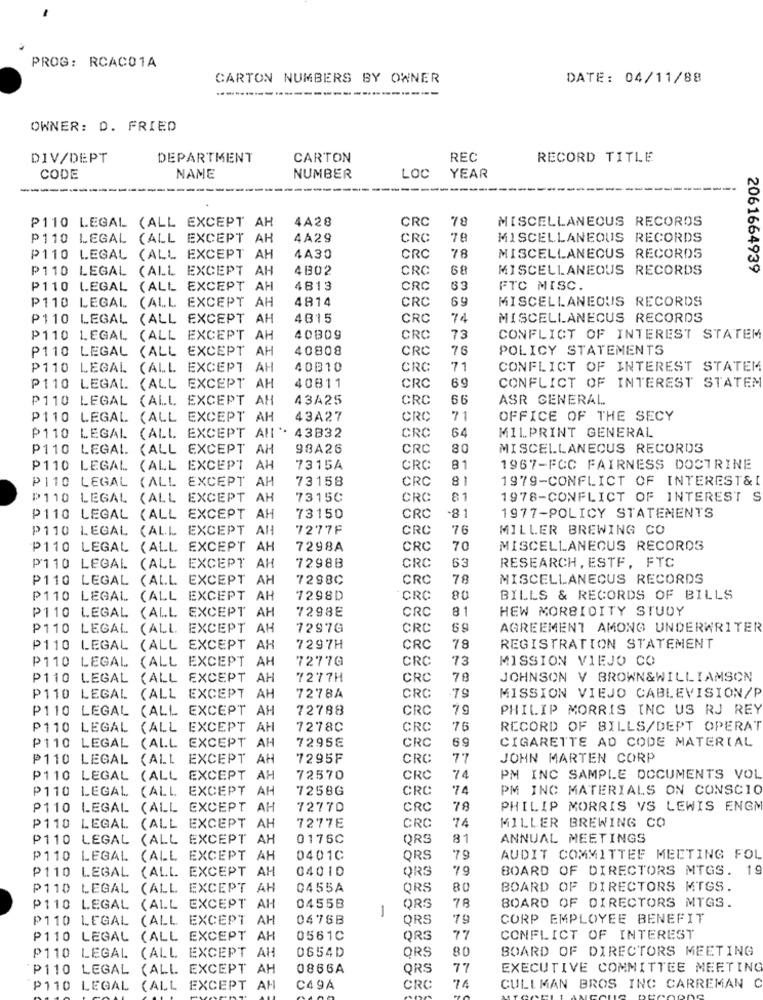
PROG: RCAC01A
CARTON NUMBERS BY OWNER
DATE: 04/11/88
--------
OWNER: D. FRIED
DIV/DEPT
DEPARTMENT
CARTON
REC
RECORD TITLE
CODE
NAME
NUMBER
LOC
YEAR
4A28
CRC
MISCELLANEOUS RECORDS
P110 LEGAL (ALL EXCEPT AH
78
P110 LEGAL (ALL EXCEPT AH
4A29
CRC
78
MISCELLANEOUS RECORDS
P110 LEGAL (ALL EXCEPT AH
4A30
CRC
78
MISCELLANEOUS RECORDS
P110 LEGAL (ALL EXCEPT AH
4 B02
CRC
68
MISCELLANEOUS RECORDS
2061664939
P110 LEGAL (ALL EXCEPT AH
4813
CRC
63
FTC MISC.
P110 LEGAL (ALL EXCEPT AH
4814
CRC
69
MISCELLANEOUS RECORDS
P110 LEGAL (ALL EXCEPT AH
4315
CRC
74
MISCELLANEOUS RECORDS
P110 LEGAL (ALL EXCEPT AH
40809
CRC
73
CONFLICT OF INTEREST STATEM
P110 LEGAL (ALL EXCEPT AH
40808
CRC
76
POLICY STATEMENTS
P110 LEGAL (ALL EXCEPT AH
40810
CRC
71
CONFLICT OF INTEREST STATEM
69
CONFLICT OF INTEREST STATEN
P110 LEGAL (ALL EXCEPT AH
40811
CRC
P110 LEGAL (ALL EXCEPT AH
43A25
CRC
66
ASR GENERAL
P110 LEGAL (ALL EXCEPT AH
43A27
CRC
71
OFFICE OF THE SECY
64
P110 LEGAL (ALL EXCEPT All'. 43832
CRC
MILPRINT GENERAL
P110 LEGAL (ALL EXCEPT AH
98A26
CRC
80
MISCELLANEOUS RECORDS
P110 LEGAL (ALL EXCEPT AH
7315A
CRC
81
1967-FCC FAIRNESS DOCTRINE
P110 LEGAL (ALL EXCEPT AH
73158
CRC
8
1979-CONFLICT OF INTEREST&[
P110 LEGAL (ALL EXCEPT AH
7315C
CRC
81
1978-CONFLICT OF INTEREST S
P110 LEGAL (ALL EXCEPT AH
73150
CRC
81
1977-POLICY STATEMENTS
P110 LEGAL (ALL EXCEPT AH
7277F
CRC
76
MILLER BREWING CO
P110 LEGAL (ALL EXCEPT AH
7298A
CRC
70
MISCELLANEOUS RECORDS
72988
CRC
63
RESEARCH, ESTF, FTC
P110 LEGAL (ALL EXCEPT AH
P110 LEGAL (ALL EXCEPT AH
7298C
CRC
78
MISCELLANEOUS RECORDS
P110 LEGAL
(ALL EXCEPT AH
7298D
CRC
80
BILLS & RECORDS OF BILLS
P110 LEGAL (ALL EXCEPT AH
7298E
HEW MORBIDITY STUDY
CRC
P110 LEGAL (ALL EXCEPT AH
7297G
CRC
AGREEMENT AMONG UNDERWRITER
P110 LEGAL (ALL EXCEPT AH
7297H
CRC
78
REGISTRATION STATEMENT
P110 LEGAL (ALL EXCEPT AH
72770
CRC
73
MISSION VIEJO CO
P110 LEGAL
(ALL EXCEPT AH
7277H
CRC
78
JOHNSON V BROWN&WILLIAMSON
P110 LEGAL
(ALL EXCEPT AH
7278A
CRC
79
MISSION VIEJO CABLEVISION/P
P110 LEGAL
(ALL EXCEPT AH
72788
CRC
19
PHILIP MORRIS INC US RJ REY
P110 LEGAL
(ALL EXCEPT AH
7278C
CRC
76
RECORD OF BILLS/DEPT OPERAT
(ALL EXCEPT AH
72958
CRC
69
CIGARETTE AD CODE MATERIAL
P110 LEGAL
P110 LEGAL (ALL EXCEPT
AH
7295F
CRC
77
JOHN MARTEN CORP
P110 LEGAL
(ALL EXCEPT AH
72570
CRC
74
PM INC SAMPLE DOCUMENTS VOL
P110 LEGAL
(ALL EXCEPT AH
7258G
CRC
74
PM INC MATERIALS ON CONSCIO
P110 LEGAL
(ALL EXCEPT AH
72770
CRC
78
PHILIP MORRIS VS LEWIS ENGM
74
MILLER BREWING CO
P110 LEGAL
(ALL EXCEPT AH
7277E
CRC
P110 LEGAL
(ALL EXCEPT AH
0176C
QRS
81
ANNUAL MEETINGS
P110 LEGAL
(ALL EXCEPT AH
0401C
ORS
79
AUDIT COMMITTEE MEETING FOL
P110 LEGAL
(ALL EXCEPT AH
04010
ORS
79
BOARD OF DIRECTORS MTGS. 19
P110 LEGAL
(ALL EXCEPT AH
0455A
ORS
80
BOARD OF DIRECTORS MTGS.
P110 LEGAL
(ALL EXCEPT AH
04558
ORS
78
BOARD OF DIRECTORS MTGS.
P110 LEGAL
(ALL EXCEPT AH
0476B
ORS
19
CORP EMPLOYEE BENEFIT
P110 LEGAL (ALL EXCEPT AH
0561C
ORS
77
CONFLICT OF INTEREST
ORS
80
BOARD OF DIRECTORS MEETING
P110 LEGAL (ALL EXCEPT AH
0654D
P110 LEGAL
(ALL EXCEPT AH
0866A
ORS
77
EXECUTIVE COMMITTEE MEETING
P110 LEGAL (ALL EXCEPT AM
C49A
CRC
CULLMAN BROS INC CARREMAN C